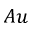
A u